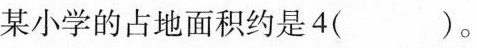
某小学的占地面积约是4( )。